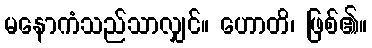
မနောကံသည်သာလျှင်။ ဟောတိ၊ ဖြစ်၏။